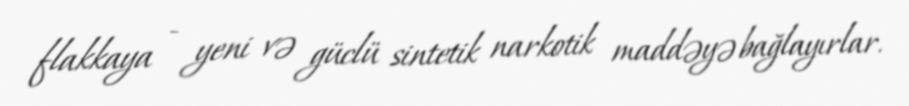
flakkaya - yeni və güclü sintetik narkotik maddəyə bağlayırlar.